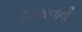
દવાખાનાની